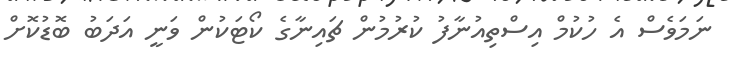
ނަމަވެސް އެ ހުކުމް އިސްތިއުނާފު ކުރުމުން ޗައިނާގެ ކޯޓަކުން ވަނީ އަދަބު ބޮޑުކޮށް